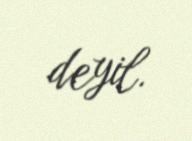
deyil.